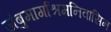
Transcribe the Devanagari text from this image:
जंबुमार्गाश्रमनिवासिन